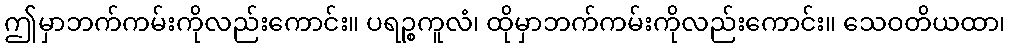
ဤမှာဘက်ကမ်းကိုလည်းကောင်း။ ပရဉ္စကူလံ၊ ထိုမှာဘက်ကမ်းကိုလည်းကောင်း။ သေဝတိယထာ၊